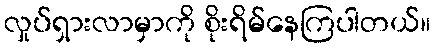
လှုပ်ရှားလာမှာကို စိုးရိမ်နေကြပါတယ်။